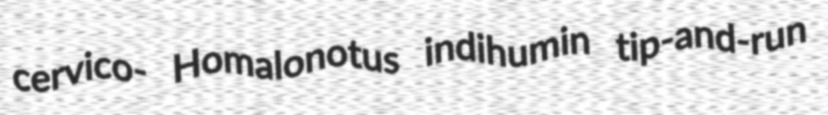
cervico- Homalonotus indihumin tip-and-run